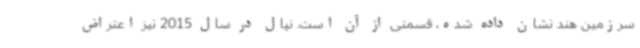
سرزمین هند نشان داده شده، قسمتی از آن است. نپال در سال 2015 نیز اعتراض